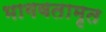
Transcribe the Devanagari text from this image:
भागवतामृत